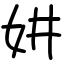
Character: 妌